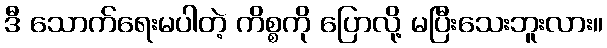
ဒီ သောက်ရေးမပါတဲ့ ကိစ္စကို ပြောလို့ မပြီးသေးဘူးလား။